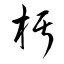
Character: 杇